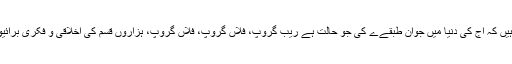
آپ جانتےے ہیں کہ آج کی دنیا میں جوان طبقےے کی جو حالت ہے ریب گروپ، فلاں گروپ، فلاں گروپ، ہزاروں قسم کی اخلاقی و فکری برائیوں سے لبریز۔